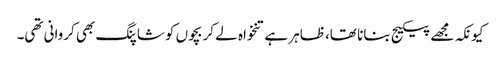
کیونکہ مجھے پیکیج بنانا تھا، ظاہر ہے تنخواہ لے کر بچوں کو شاپنگ بھی کروانی تھی۔